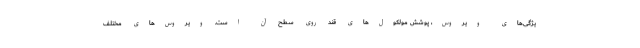
یژگی‌های ویروس، پوشش مولکول‌های قند روی سطح آن است. ویروس‌های مختلف